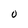
Character: O